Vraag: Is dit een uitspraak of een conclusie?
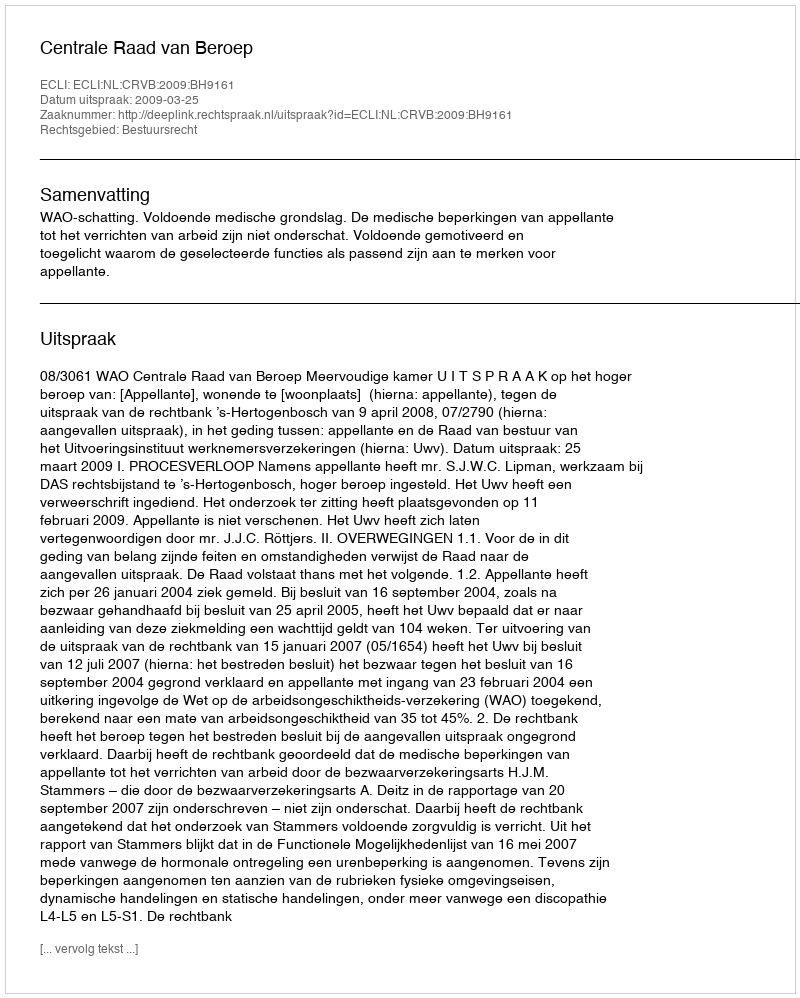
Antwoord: Uitspraak